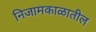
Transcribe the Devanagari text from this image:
निजामकाळातील